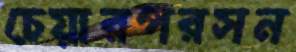
চেয়ারপরসন